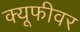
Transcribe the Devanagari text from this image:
क्यूफीवर